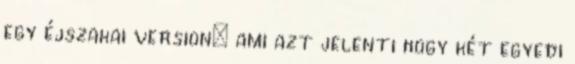
egy éjszakai version– ami azt jelenti hogy két egyedi